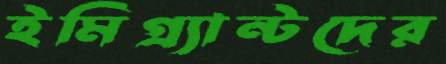
ইমিগ্র্যান্টদের